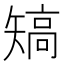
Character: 𥏹